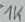
Text: 1K